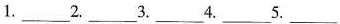
1.___2.___3.___4.___5.___